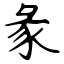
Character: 彖